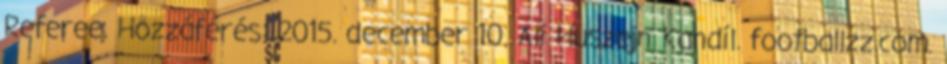
Referee. Hozzáférés: 2015. december 10. Ali Huszejn Kandíl. footballzz.com.